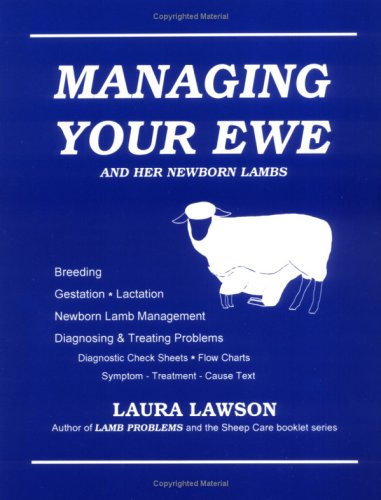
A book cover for Managing Your Ewe and Her Newborn Lambs; Laura Lawson; Medical Books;